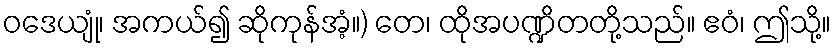
ဝဒေယျုံ၊ အကယ်၍ ဆိုကုန်အံ့။) တေ၊ ထိုအပဏ္ဍိတတို့သည်။ ဧဝံ၊ ဤသို့။